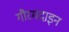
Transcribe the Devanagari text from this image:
गौरमदाइन